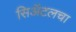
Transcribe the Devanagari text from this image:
सिॲटलचा